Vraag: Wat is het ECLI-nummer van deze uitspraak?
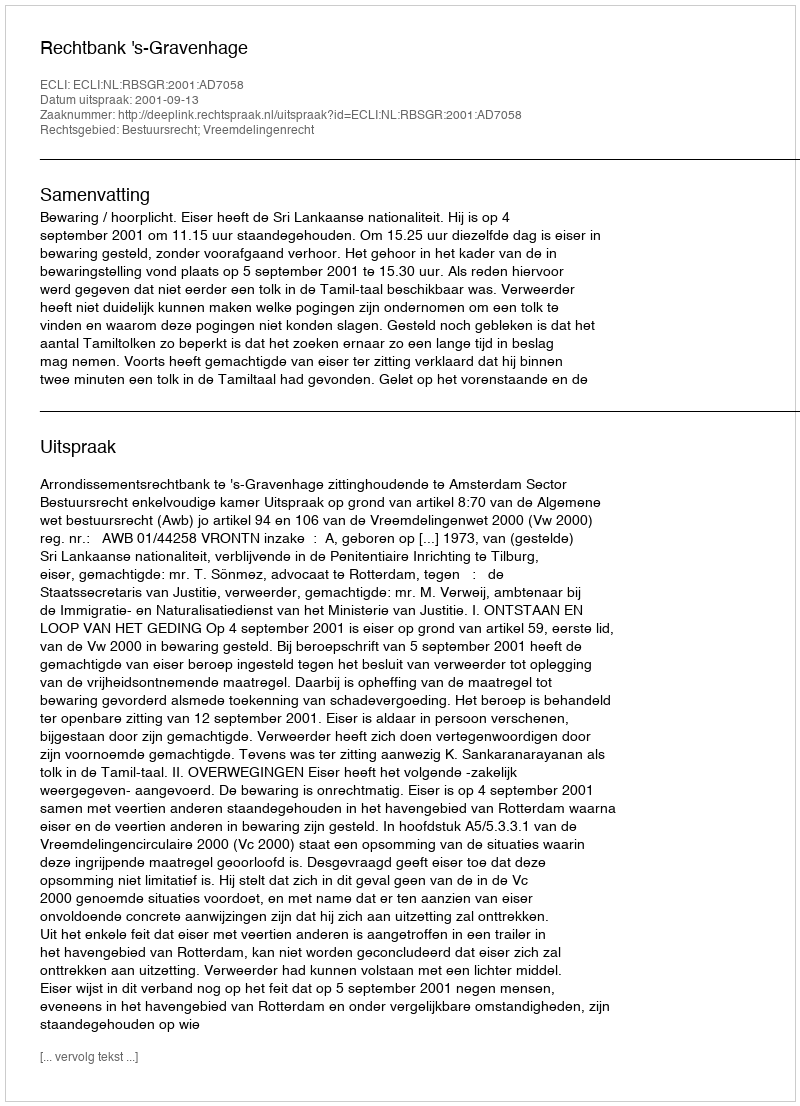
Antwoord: ECLI:NL:RBSGR:2001:AD7058